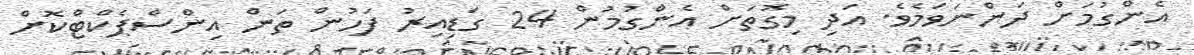
އެންގުމަށް ދަންނަވަމެވެ. އަދި މިގޮތަށް އެންގުމުން 24 ގަޑިއިރު ފަހުން ތަން އިންސްޕެކްޓްކޮށް